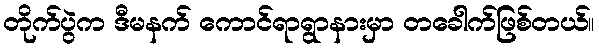
တိုက်ပွဲက ဒီမနက် ကောင်ရာရွာနားမှာ တခေါက်ဖြစ်တယ်။